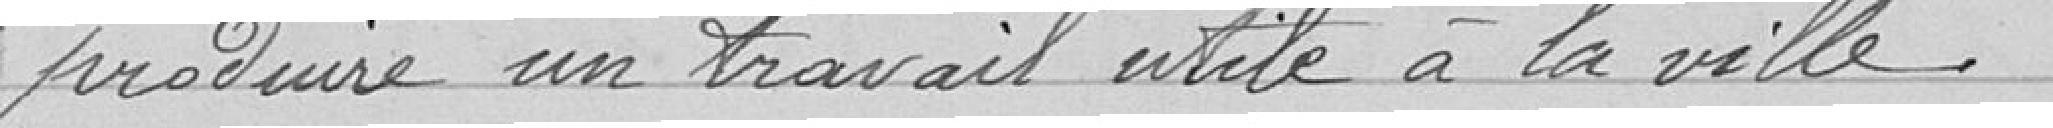
produire un travail utile à la ville.